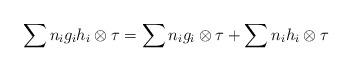
LaTeX: \begin{align*} \sum n_i g_i h_i \otimes \tau = \sum n_i g_i\otimes\tau +\sum n_i h_i\otimes\tau\end{align*}